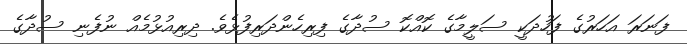
ފަނަރަ އަހަރުގެ ފަހުދަކީ ސަލީމާގެ ކޮއްކޮ ސުދާގެ ފިރިހެންދަރިފުޅެވެ. ދިރިއުޅުމެއް ނުފެނި ސުދާގެ